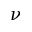
\nu